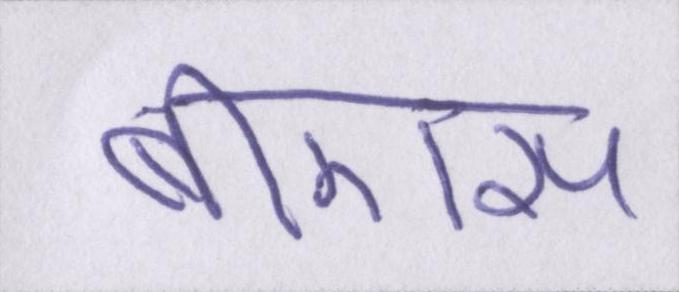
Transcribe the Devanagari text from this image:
बीएस